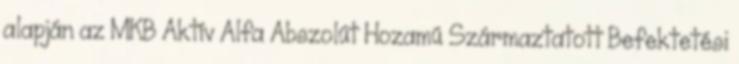
alapján az MKB Aktív Alfa Abszolút Hozamú Származtatott Befektetési